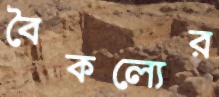
বৈকল্যের